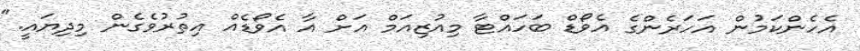
އެހެންކަމުން އަހަރެންގެ އެވޯޑް ބަހައްޓާ މިއުޒިއަމް އަށް އާ އެވޯޑެއް އިތުރުވެގެން މިދިޔައީ."